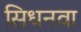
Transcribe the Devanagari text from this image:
सिधनवा